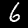
Digit: 6